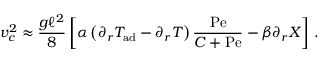
v _ { c } ^ { 2 } \approx \frac { g \ell ^ { 2 } } { 8 } \left[ \alpha \left( \partial _ { r } T _ { \mathrm { a d } } - \partial _ { r } T \right) { \frac { \mathrm { P e } } { C + \mathrm { P e } } } - \beta \partial _ { r } X \right] \, .